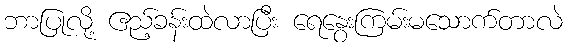
ဘာပြုလို့ ဧည့်ခန်းထဲလာပြီး ရေနွေးကြမ်းမသောက်တာလဲ